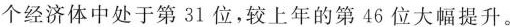
个经济体中处于第31位，较上年的第46位大幅提升。